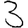
Digit: 3